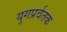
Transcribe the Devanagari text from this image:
युगप्रर्वतक